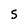
Character: 5